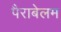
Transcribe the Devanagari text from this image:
पैराबेलम